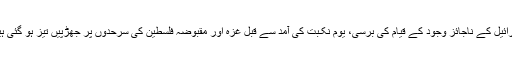
اسرائیل کے ناجائز وجود کے قیام کی برسی، یوم نکـبت کی آمد سے قبل غزہ اور مقبوضہ فلسطین کی سرحدوں پر جھڑپیں تیز ہو گئی ہیں۔